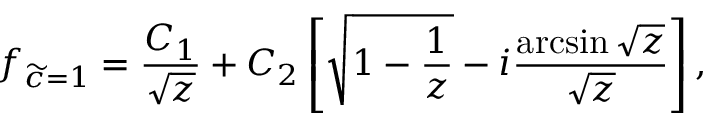
f _ { \widetilde c = 1 } = \frac { C _ { 1 } } { \sqrt { z } } + C _ { 2 } \left[ \sqrt { 1 - \frac { 1 } { z } } - i \frac { \arcsin { \sqrt { z } } } { \sqrt { z } } \right] ,